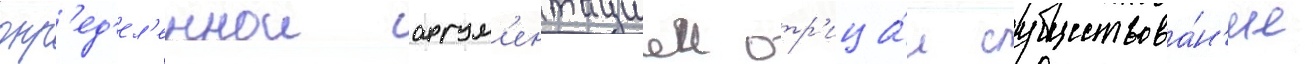
опр'ед'ел'еннои аргум'ентациеи отр'ица́л существова́н'ие